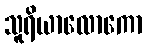
သူရိယာလောကော